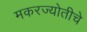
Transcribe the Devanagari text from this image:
मकरज्योतीचे